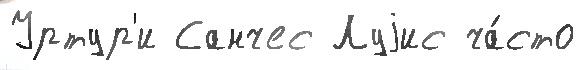
Уртур'и Санчес Луjис ча́сто